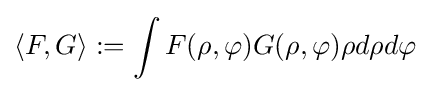
\langle F,G\rangle :=\int F(\rho ,\varphi )G(\rho ,\varphi )\rho d\rho d\varphi